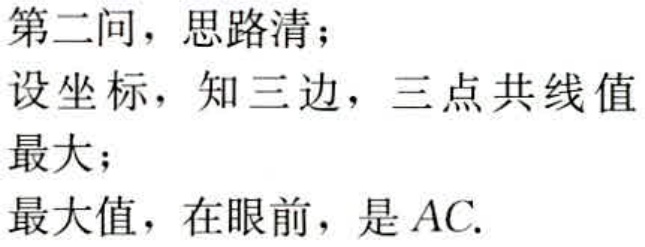
第二问，思路清；
设坐标，知三边，三点共线值
最大；
最大值，在眼前，是\(AC\).